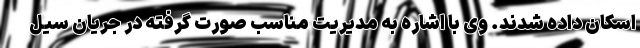
اسکان داده شدند. وی با اشاره به مدیریت مناسب صورت گرفته در جریان سیل